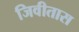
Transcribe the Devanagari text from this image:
जिवीतास